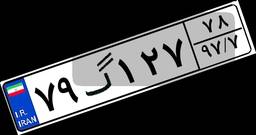
۷۹گ۱۲۷۷۸